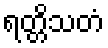
ရတ္တိသတံ